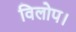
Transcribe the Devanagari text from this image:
विलोप।